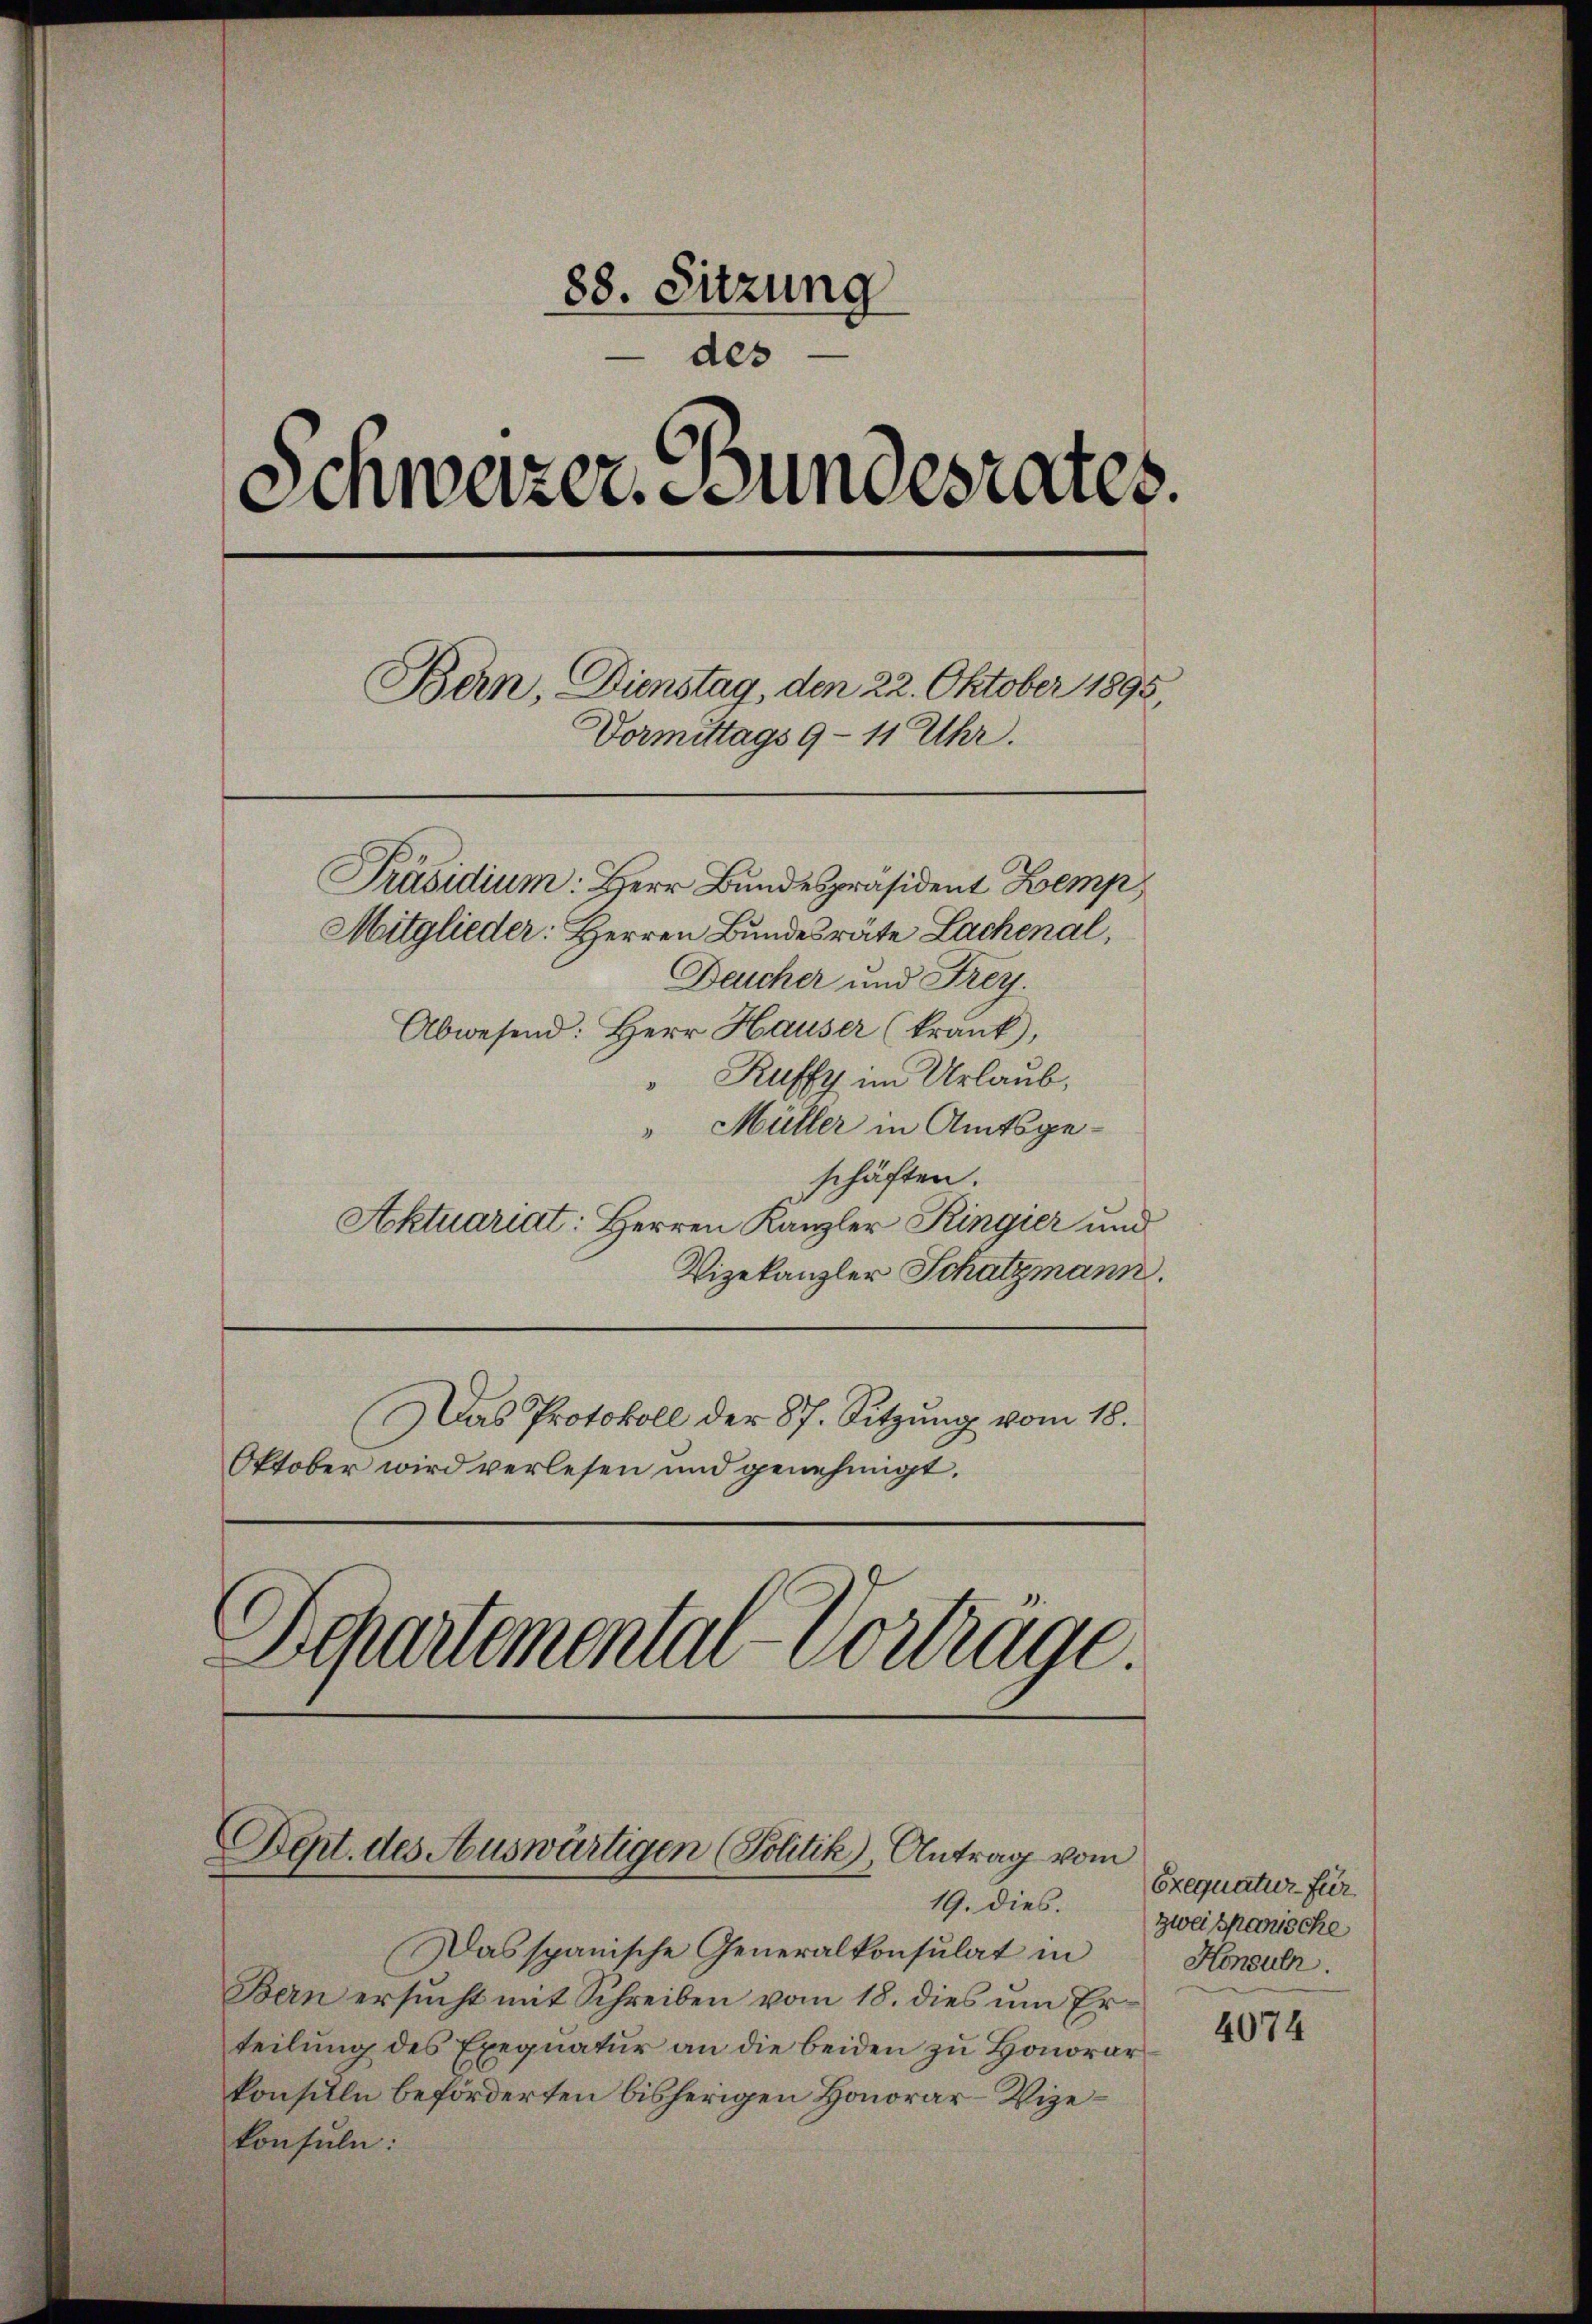
88. Sitzung
des
Schweizer. Gundesrates.
Bern, Dienstag, den 22. Oktober 1895
Vormittags 9 - 11 Uhr.
Präsidium: Herr Bundespräsident Kemp
Mitglieder: Herren Bundesräte Lachenal,
Deucher und Frey.

Abwesend: Herr Hauser (krank,
Ruffy im Urlaub,
" Müller in Amtsgeschäften.
Aktuariat: Herren Kanzler Ringier und
Vizekanzler Schatzmann.
Das Protokoll der 87. Sitzung vom 18.
Oktober wird verlesen und genehmigt.

Departemental-Vorträge

Dept. des Auswärtigen (Politik), Antrag vom
19. dies.

Das spanische Generalkonsulat in
Bern ersucht mit Schreiben vom 18. dies um Erteilung des Exequatur an die beiden zu Honorar
konsule beförderten bisherigen Honorar-Wizekonsuln:

Exequatur für
zwei spanische
Konsulr.

4074